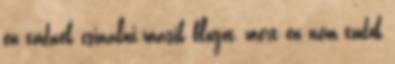
én tudnék csinálni másik blogot, mert én nem tudok